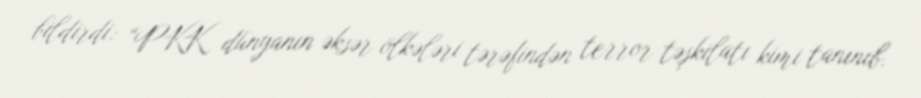
bildirdi: “PKK dünyanın əksər ölkələri tərəfindən terror təşkilatı kimi tanınıb.